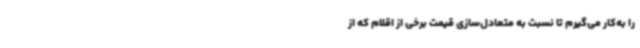
را به‌کار می‌گیرم تا نسبت به متعادل‌سازی قیمت برخی از اقلام که از